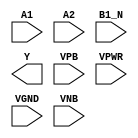
module sky130_fd_sc_ms__o21bai (
    //# {{data|Data Signals}}
    input  A1  ,
    input  A2  ,
    input  B1_N,
    output Y   ,

    //# {{power|Power}}
    input  VPB ,
    input  VPWR,
    input  VGND,
    input  VNB
);
endmodule